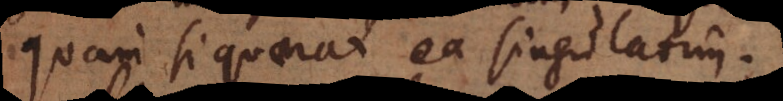
quam si quaerat ea singulatim.